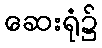
ဆေးရုံ၌